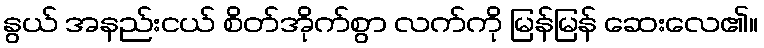
နွယ် အနည်းငယ် စိတ်အိုက်စွာ လက်ကို မြန်မြန် ဆေးလေ၏။